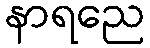
နာရညေ